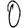
Digit: 0